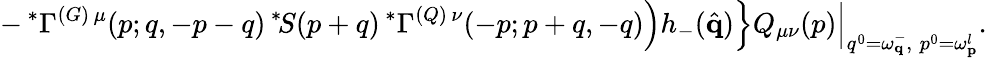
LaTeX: -\, ^{\ast}\Gamma^{(G)\, \mu}(p;q,-p-q)\, ^{\ast}\! S(p+q)\, ^{\ast}\Gamma^{(Q)\, \nu}(-p;p+q,-q)\Big)h_{-}(\hat{\mathbf q})\Big\} Q_{\mu\nu}(p)\Big\vert_{q^{0}=\omega_{\mathbf q}^{-},\; p^{0}=\omega_{\mathbf p}^{l}}.